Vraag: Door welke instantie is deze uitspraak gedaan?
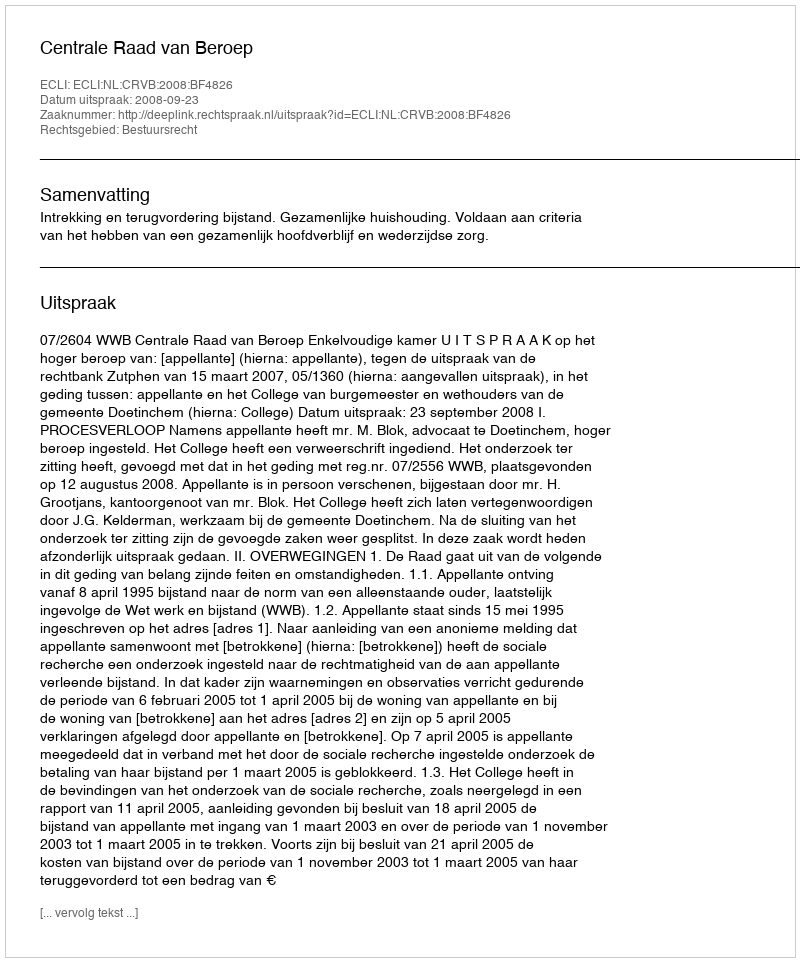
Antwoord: Centrale Raad van Beroep